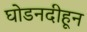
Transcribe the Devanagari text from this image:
घोडनदीहून